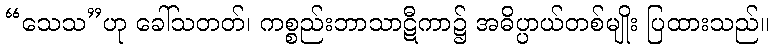
“သေသ”ဟု ခေါ်သတတ်၊ ကစ္စည်းဘာသာဋီကာ၌ အဓိပ္ပာယ်တစ်မျိုး ပြထားသည်။